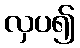
လှပ၍